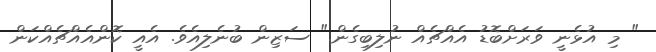
" މި އުޅެނީ ވަރަށްބޮޑު އެއްޗެއް ނުލިބިގެން." ސަޒިން ބުނެލިއެވެ. އެއީ ކޮންއެއްޗެއްކަން